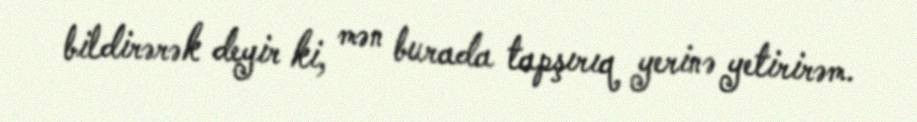
bildirərək deyir ki, mən burada tapşırıq yerinə yetirirəm.